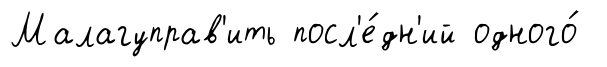
Малагуправ'ить посл'е́дн'ий одного́